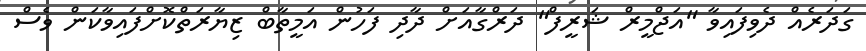
ގަދަރެއް ދެވިފައިވާ "އަޖްމީރް ޝަރީފް" ދަރްގާއަށް ދާދި ފަހުން އަމީތާބް ޒިޔާރަތްކޮށްފައިވާކަން ވެސް